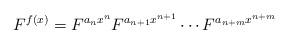
LaTeX: \begin{align*}F^{f(x)}=F^{a_n x^n} F^{a_{n+1}x^{n+1}}\cdots F^{a_{n+m}x^{n+m}}\end{align*}